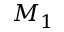
M _ { 1 }